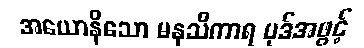
အယောနိသော မနသိကာရ ပုဒ်အဖွင့်